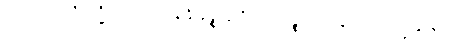
ကထာဝတ္ထုဝိသုဒ္ဓိယာ ဝေဝစနန္တိ မုဉ္စိံသု ဝိညာဏဉ္စာယတနတော ပက္ခန္တရမာဟ